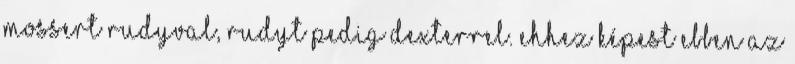
Mossert Rudyval, Rudyt pedig Dexterrel. Ehhez képest ebben az